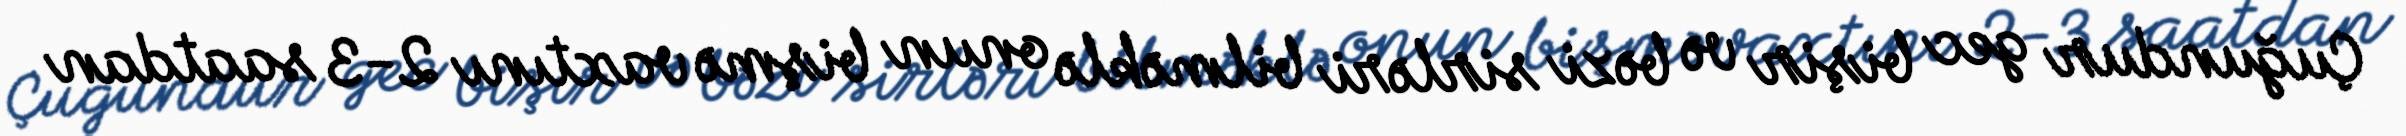
Çuğundur gec bişir və bəzi sirləri bilməklə onun bişmə vaxtını 2-3 saatdan